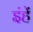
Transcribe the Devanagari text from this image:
इंहें